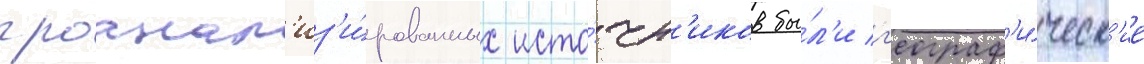
проанал'из'и́рованных исто́чн'иков бы́л'и г'еограф'и́ческ'ие